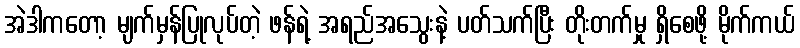
အဲဒါကတော့ မျက်မှန်ပြုလုပ်တဲ့ ဖန်ရဲ့ အရည်အသွေးနဲ့ ပတ်သက်ပြီး တိုးတက်မှု ရှိစေဖို့ မိုက်ကယ်